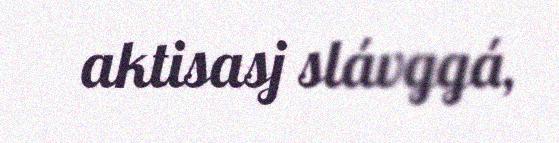
aktisasj slávggá,